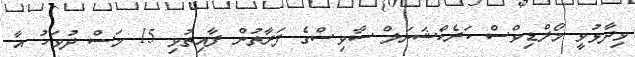
ވިދާޅުވީ މޯލްޑިވްސް ކަރެކްޝަނަލް ސާވިސްގެ ފަރާތުން ފާއިތުވި 15 މަސް ދުވަހު އާ